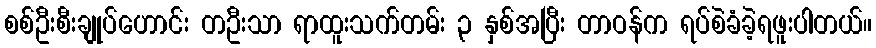
စစ်ဦးစီးချုပ်ဟောင်း တဦးသာ ရာထူးသက်တမ်း ၃ နှစ်အပြီး တာဝန်က ရပ်စဲခံခဲ့ရဖူးပါတယ်။